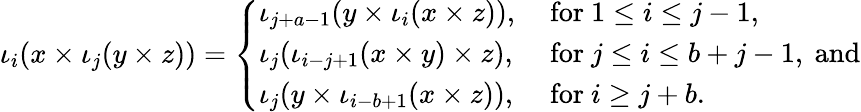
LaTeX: \iota_{i}(x\times\iota_{j}(y\times z))=\left\{ \begin{array}{ll}{{\iota_{j+a-1}(y\times\iota_{i}(x\times z)),}}&{{\mathrm{~for~}1\leq i\leq j-1,}}\\ {{\iota_{j}(\iota_{i-j+1}(x\times y)\times z),}}&{{\mathrm{~for~}j\leq i\leq b+j-1,\mathrm{~and}}}\\ {{\iota_{j}(y\times\iota_{i-b+1}(x\times z)),}}&{{\mathrm{~for~}i\geq j+b.}}\end{array}\right.